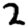
Digit: 2